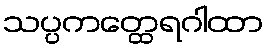
သပ္ပကတ္ထေရဂါထာ